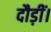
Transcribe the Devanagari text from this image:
दौड़ीं।